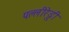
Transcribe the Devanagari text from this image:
पल्लीरेड्डी